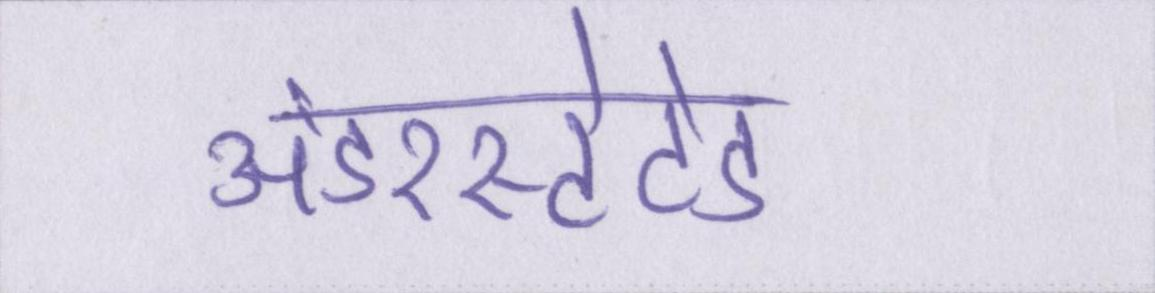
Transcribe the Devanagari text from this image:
अंडरस्टेटेड